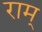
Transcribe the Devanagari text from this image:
राम्‌